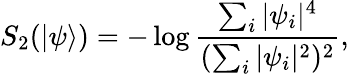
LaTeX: S_{2}(|\psi\rangle)=-\log\frac{\sum_{i}|\psi_{i}|^{4}}{(\sum_{i}|\psi_{i}|^{2})^{2}},